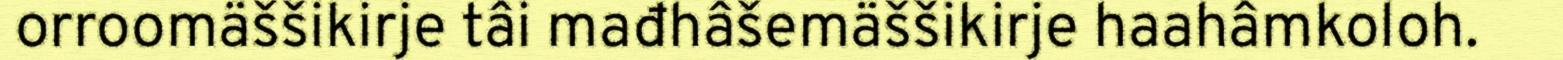
orroomäššikirje tâi mađhâšemäššikirje haahâmkoloh.